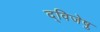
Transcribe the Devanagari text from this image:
द्विजेषु